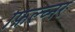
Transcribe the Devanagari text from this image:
फ़िल्च्नर